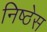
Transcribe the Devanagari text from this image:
निष्ठेस